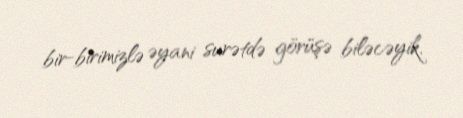
bir-birimizlə əyani surətdə görüşə biləcəyik.